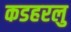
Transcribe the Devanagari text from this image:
कडहरलु